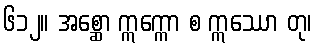
၆၁၂။ အစ္ဆော ဣက္ကော စ ဣဿော တု၊